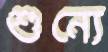
শুন্যে